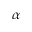
\alpha